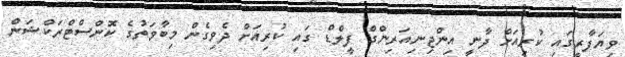
ވިޔަފާރީގައި ކުރިއަށް ދާނީ އިންޖިނިއަރިންގް ފީލްޑް ގައި ކުރިއަށް ދެވިގެން މިބާވަތުގެ ކޮންސްޓްރަކްޝަން